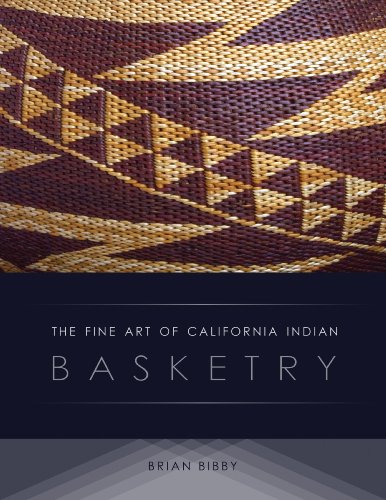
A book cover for The Fine Art of California Indian Basketry; Brian Bibby; Crafts, Hobbies & Home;